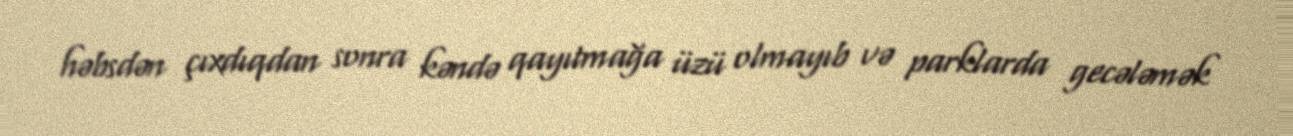
həbsdən çıxdıqdan sonra kəndə qayıtmağa üzü olmayıb və parklarda gecələmək